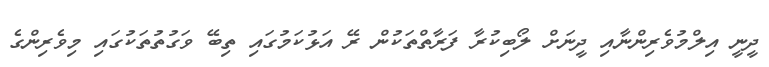
ދީނީ އިލްމުވެރިންނާއި ދީނަށް ލޯބިކުރާ ފަރާތްތަކުން ރޭ އަޅުކަމުގައި ތިބޭ ވަގުތުތަކުގައި މިވެރިންގެ